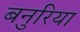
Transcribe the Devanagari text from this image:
बनुरिया